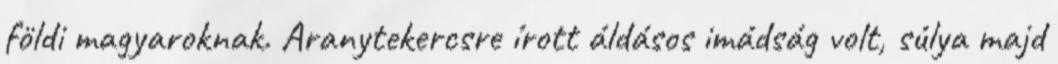
földi magyaroknak. Aranytekercsre írott áldásos imádság volt, súlya majd